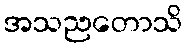
အသညတောသိ